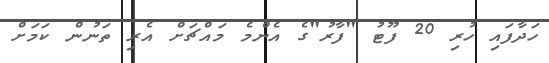
ހަދާފައި ހުރި 20 ފޫޓު "ފާރު"ގެ އެންމެ މައްޗަށް އެރި ތަނުން ކަމަށް